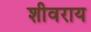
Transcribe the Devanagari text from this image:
शीवराय